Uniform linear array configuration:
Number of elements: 48
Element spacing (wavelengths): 0.75
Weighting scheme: blackman
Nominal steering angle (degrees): -30
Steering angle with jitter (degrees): -28.765
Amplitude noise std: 0.05
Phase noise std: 0.05

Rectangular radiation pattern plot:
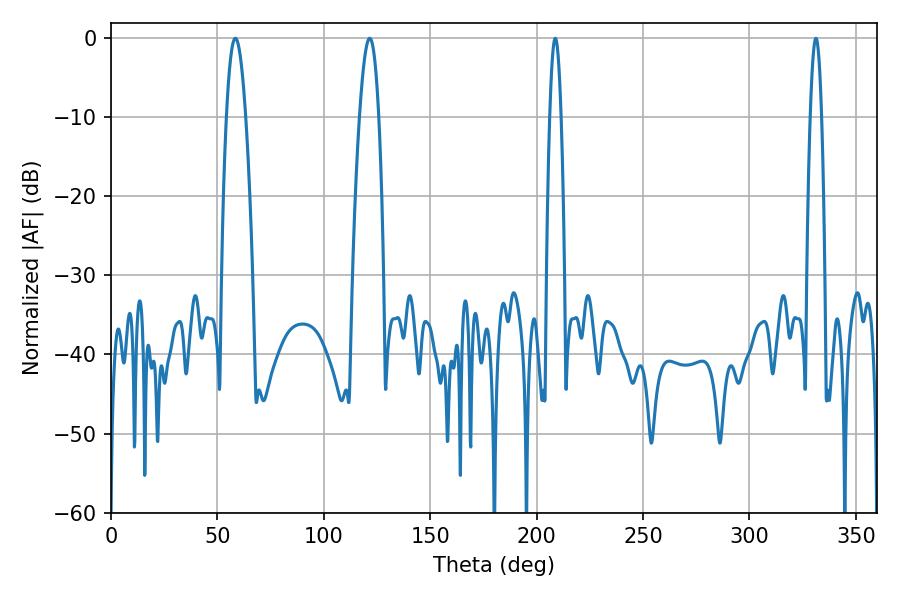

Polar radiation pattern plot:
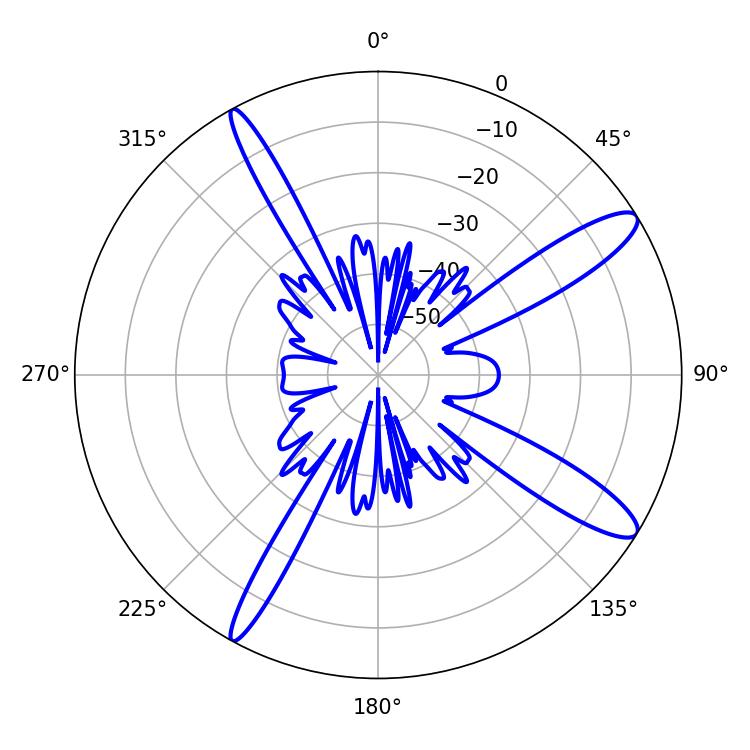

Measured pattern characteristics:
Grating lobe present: TRUE
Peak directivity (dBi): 12.736
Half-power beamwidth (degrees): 2.88
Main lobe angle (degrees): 331.2